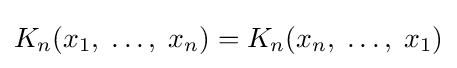
K_{n}(x_{1},\;\ldots ,\;x_{n})=K_{n}(x_{n},\;\ldots ,\;x_{1})